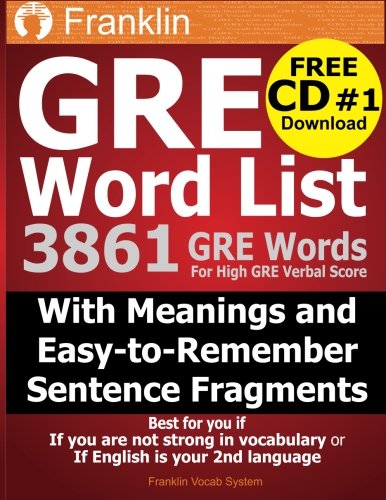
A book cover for GRE Word List: 3861 GRE Words For High GRE Verbal Score; Franklin Vocab System; Test Preparation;